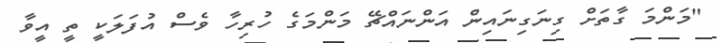
"މަންމަ ގާތަށް ގިނަގިނައިން އަންނައްޗޭ މަންމަގެ ހުރިހާ ވެސް އުފަލަކީ ތީ އީވާ